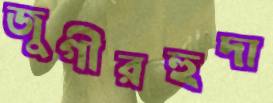
জুগীরহুদা